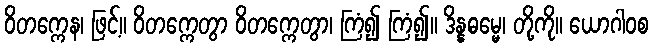
ဝိတက္ကေန၊ ဖြင့်။ ဝိတက္ကေတွာ ဝိတက္ကေတွာ၊ ကြံ၍ ကြံ၍။ ဒိန္နဓမ္မေ၊ တို့ကို။ ယောဂါဝစ